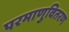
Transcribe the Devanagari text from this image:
परमाणुवितरण